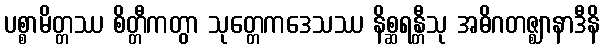
ပစ္စာမိတ္တဿ စိတ္တီကတွာ သုတ္တေကဒေသဿ နိစ္ဆရန္တီသု အဓိဂတဇ္ဈာနာဒီနိ